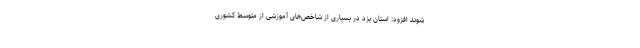
شوند افزود: استان یزد در بسیاری از شاخص‌های آموزشی از متوسط کشوری